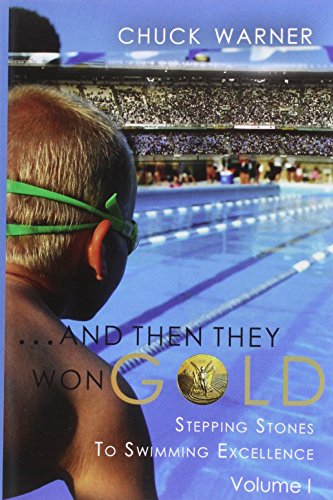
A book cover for ...and Then They Won Gold: Stepping Stones to Swimming Excellence; Chuck Warner; Health, Fitness & Dieting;